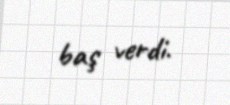
baş verdi.